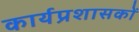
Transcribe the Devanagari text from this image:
कार्यप्रशासकों